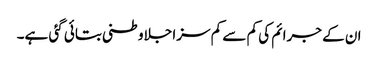
ان کے جرائم کی کم سے کم سزا جلاوطنی بتائی گئی ہے۔